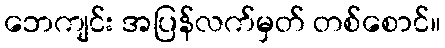
ဘေကျင်း အပြန်လက်မှတ် တစ်စောင်။